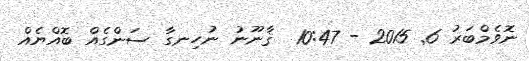
ނޮވެމްބަރު 6